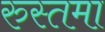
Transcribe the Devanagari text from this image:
रुस्तमा